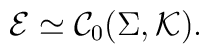
\mathcal E \simeq {\mathcal C}_0 (\Sigma , \mathcal K) .